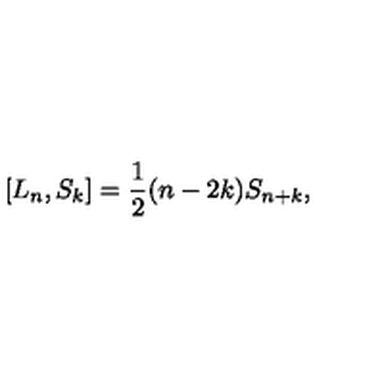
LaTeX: \left[ L _ { n } , S _ { k } \right] = \frac { 1 } { 2 } ( n - 2 k ) S _ { n + k } ,